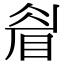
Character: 睂